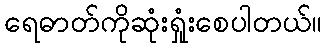
ရေဓာတ်ကိုဆုံးရှုံးစေပါတယ်။